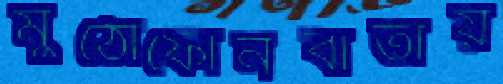
মুঠোফোনবার্তায়